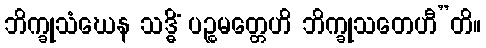
ဘိက္ခုသံဃေန သဒ္ဓိံ ပဉ္စမတ္တေဟိ ဘိက္ခုသတေဟီ”တိ။